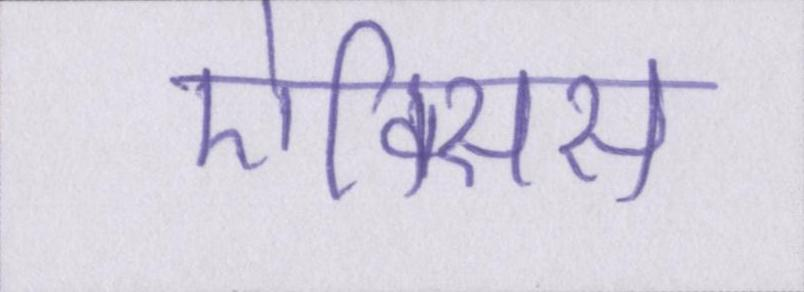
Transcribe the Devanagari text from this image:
ऐक्सिस